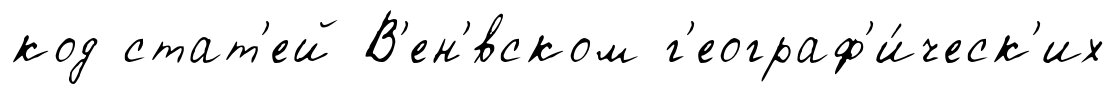
код стат'ей В'ен'́вском г'еограф'и́ческ'их